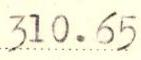
310.65